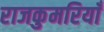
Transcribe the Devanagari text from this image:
राजकुमरियाँ